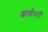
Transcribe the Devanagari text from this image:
शार्कभरी